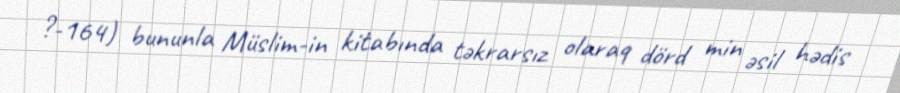
?-164) bununla Müslim-in kitabında təkrarsız olaraq dörd min əsil hədis